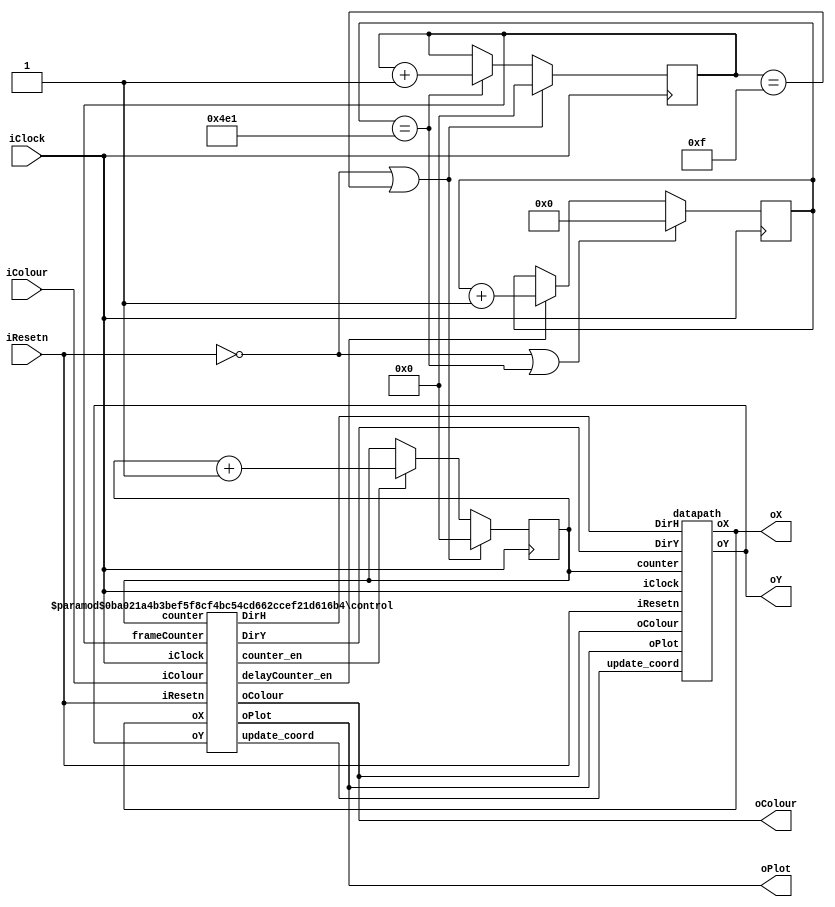
//
// This is the template for Part 3 of Lab 7.
//
// Paul Chow
// November 2021
//

// iColour is the colour for the box
//
// oX, oY, oColour and oPlot should be wired to the appropriate ports on the VGA controller
//

// Some constants are set as parameters to accommodate the different implementations
// X_SCREENSIZE, Y_SCREENSIZE are the dimensions of the screen
//       Default is 160 x 120, which is size for fake_fpga and baseline for the DE1_SoC vga controller
// CLOCKS_PER_SECOND should be the frequency of the clock being used.

module part3(iColour,iResetn,iClock,oX,oY,oColour,oPlot);
   input wire [2:0] iColour;
   input wire 	    iResetn;
   input wire 	    iClock;
   output wire [7:0] oX;         // VGA pixel coordinates
   output wire [6:0] oY;
   
   output wire [2:0] oColour;     // VGA pixel colour (0-7)
   output wire 	     oPlot;       // Pixel drawn enable

   parameter
   X_SCREENSIZE = 160,  // X screen width for starting resolution and fake_fpga
   Y_SCREENSIZE = 120,  // Y screen height for starting resolution and fake_fpga
   CLOCKS_PER_SECOND = 5000, // 5 KHZ for fake_fpga - changed to 40 for testing
   X_BOXSIZE = 8'd4,   // Box X dimension
   Y_BOXSIZE = 7'd4,   // Box Y dimension
   X_MAX = X_SCREENSIZE - 1 - X_BOXSIZE, // 0-based and account for box width
   Y_MAX = Y_SCREENSIZE - 1 - Y_BOXSIZE,
   PULSES_PER_SIXTIETH_SECOND = CLOCKS_PER_SECOND / 60;

   reg [3:0] counter, frameCounter;
   reg [20:0] delayCounter;
   wire counter_en, delayCounter_en, update_coord;
   wire [1:0] DirH, DirY;
   
   // counters
   always@(posedge iClock)
   begin: counters

      //delayCounter
      if (!iResetn || delayCounter == CLOCKS_PER_SECOND/4 - 1)
         delayCounter <= 0;
      else if (delayCounter_en)
         delayCounter <= delayCounter + 1;

      //FrameCounter
      if (!iResetn || frameCounter == 4'b1111)
         frameCounter <= 0;
      else if (delayCounter == CLOCKS_PER_SECOND/4 - 1)
         frameCounter <= frameCounter + 1;

      //position counter
      if (!iResetn || frameCounter == 4'b1111)
         counter <= 0;
      else if (counter_en)
         counter <= counter + 1; 

   end

   control # (
      .X_MAX(X_MAX),
      .Y_MAX(Y_MAX)
   ) C0 (
      .iColour(iColour),
      .iResetn(iResetn),
      .iClock(iClock),
      .counter(counter),
      .frameCounter(frameCounter),
      .oX(oX),
      .oY(oY),

      .counter_en(counter_en),
      .delayCounter_en(delayCounter_en),
      .DirH(DirH),
      .DirY(DirY),
      .oColour(oColour),
      .oPlot(oPlot),
      .update_coord(update_coord)
   );

   datapath D0(
      .iClock(iClock),
      .iResetn(iResetn),
      .oPlot(oPlot),
      .update_coord(update_coord),
      .DirH(DirH),
      .DirY(DirY),
      .oColour(oColour),
      .counter(counter),

      .oX(oX),
      .oY(oY)
   );

endmodule // part3

module control (
   input [2:0] iColour,
   input iResetn,
   input iClock,
   input [3:0] counter,
   input [3:0] frameCounter,
   input [7:0] oX,         
   input [6:0] oY,

   output reg counter_en, delayCounter_en,
   output reg [1:0] DirH, DirY,
   output reg [2:0] oColour,
   output reg oPlot, update_coord
);
   parameter
   X_MAX = 155,
   Y_MAX = 115;
   
   reg [3:0] current_state, next_state; 
    
   localparam  S_DRAW           = 5'd0,
               S_DRAW_WAIT      = 5'd1,
               S_ERASE          = 5'd2,
               S_UPDATE         = 5'd3;

   always@(*)
   begin: state_table
      case (current_state)
         S_DRAW: next_state = (counter == 4'b1111) ? S_DRAW_WAIT : S_DRAW;
         S_DRAW_WAIT: next_state = (frameCounter == 15) ? S_ERASE : S_DRAW_WAIT;
         S_ERASE: next_state = (counter == 4'b1111) ? S_UPDATE : S_ERASE;
         S_UPDATE: next_state = S_DRAW;
         default: next_state = S_DRAW;
      endcase
   end

   always @(*) 
   begin: enable_signals
      //by default make all our signals 0
      counter_en = 0;
      delayCounter_en = 0;
      DirH = 1;
      DirY = 0;
      oColour = 3'b0;
      oPlot = 0;
      update_coord = 0;

      case (current_state)
         S_DRAW: begin
            counter_en = 1;
            oPlot = 1;
            oColour = iColour;
         end
         S_DRAW_WAIT: begin
            delayCounter_en = 1;
         end
         S_ERASE: begin
            counter_en = 1;
            oPlot = 1;
            oColour = 3'b0;
         end
         S_UPDATE: begin
            update_coord = 1;
            if (oX >= X_MAX) 
               DirH = 0;
            else if (oX <= 0)
               DirH = 1;

            if (oY >= Y_MAX) 
               DirY = 1;
            else if (oY <= 0)
               DirY = 0;
         end
      endcase
   end
   
   always @(posedge iClock) 
   begin: state_FFs
      if (!iResetn)
         current_state <= S_DRAW;
      else 
         current_state <= next_state;
   end


endmodule


module datapath (
   input iClock,
   input iResetn,
   input oPlot,
   input update_coord,
   input [1:0] DirH, DirY,
   input [2:0] oColour,
   input [3:0] counter,

   output reg [7:0] oX,
   output reg [6:0] oY
);
   reg [7:0] x_init;
   reg [6:0] y_init;

   always @(posedge update_coord) 
   begin: update_coordinates
      if (!iResetn) begin
         x_init <= 0;
         y_init <= 0;
      end
      else begin
         if (DirH)
            x_init <= x_init + 1;
         else if (!DirH)
            x_init <= x_init - 1;

         if (DirY)
            y_init <= y_init - 1;
         else if (!DirY)
            y_init <= y_init + 1;
      end
   end

   //Plotting
   always @(posedge iClock) begin: plot // I can get it on sync if i change sensitivity list to @(*)
      if (!iResetn) begin
         //oX <= 0;
         //oY <= 0;
         x_init <= 0;
         y_init <= 0;
      end
      else if(oPlot) begin
         oX <= x_init + counter[1:0];
         oY <= y_init + counter[3:2];
      end   
   end

endmodule